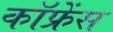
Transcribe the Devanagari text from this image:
कॉफ्रेंस